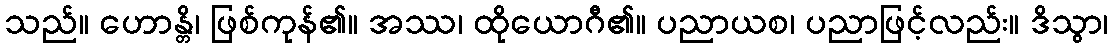
သည်။ ဟောန္တိ၊ ဖြစ်ကုန်၏။ အဿ၊ ထိုယောဂီ၏။ ပညာယစ၊ ပညာဖြင့်လည်း။ ဒိသွာ၊